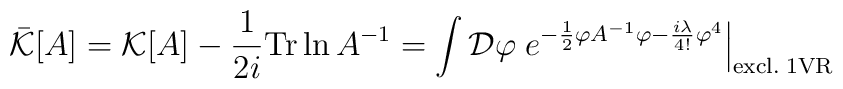
\bar{\cal K}[A]={\cal K}[A]-\frac{1}{2i}{\rm Tr} \ln A^{-1}=\int {\cal D}\varphi \left.e^{-\frac{1}{2}\varphi A^{-1} \varphi-\frac{i\lambda}{4!}\varphi^4}\right|_{\rm excl. \; 1VR}